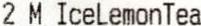
2 M ICELEMONTEA